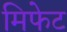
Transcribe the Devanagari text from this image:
मिफेट